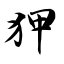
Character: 狎